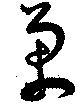
万